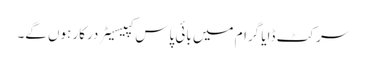
سرکٹ ڈایا گرام میں بائی پاس کپیسیٹر درکار ہوں گے۔